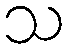
သ